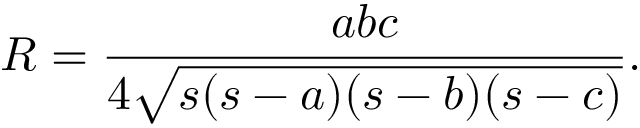
R = { \frac { a b c } { 4 { \sqrt { s ( s - a ) ( s - b ) ( s - c ) } } } } .